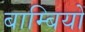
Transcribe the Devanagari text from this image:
बाम्बियों